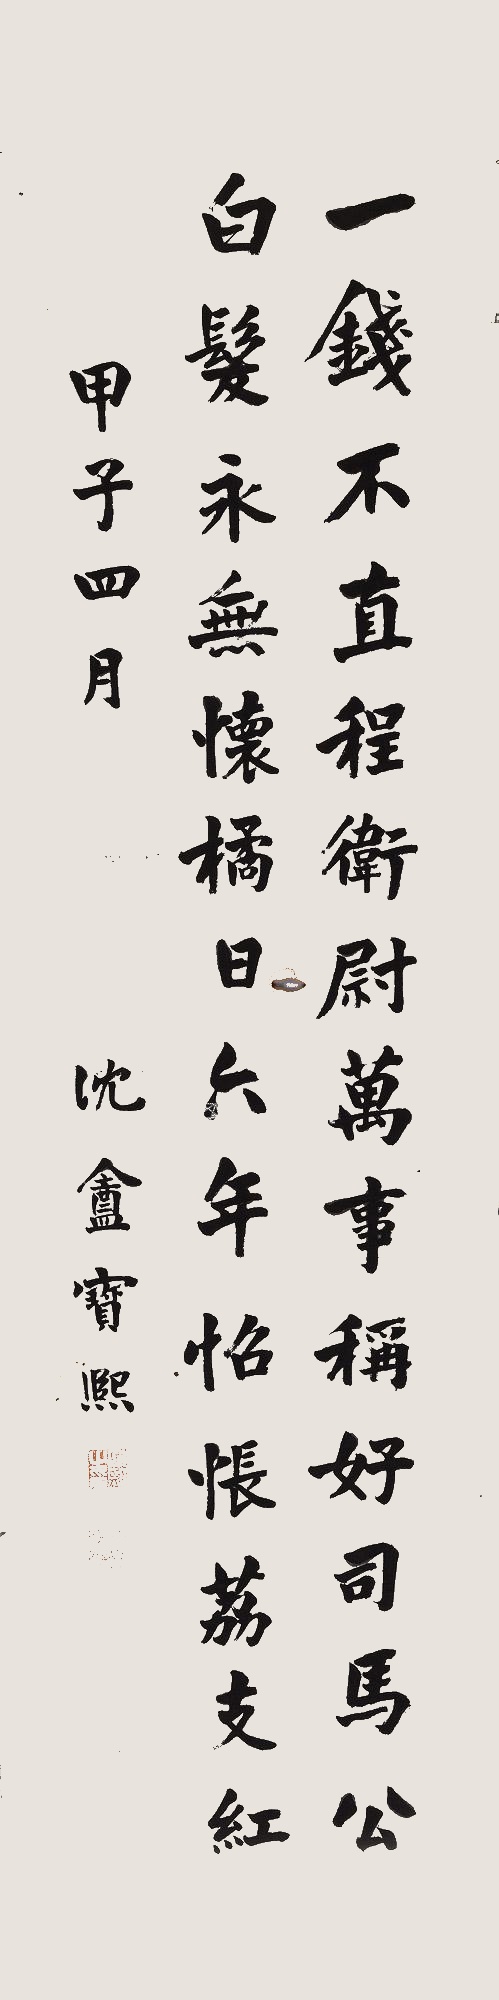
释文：一钱不直程卫尉，万事称好司马公。白发永无怀橘日，六年怊怅荔支红。甲子四月，沉盦宝熙。